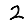
Digit: 2